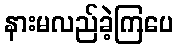
နားမလည်ခဲ့ကြပေ